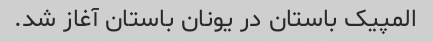
المپیک باستان در یونان باستان آغاز شد.